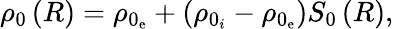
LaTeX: \rho_{0}\left(R\right)=\rho_{0_{\mathrm{e}}}+\left(\rho_{0_{i}}-\rho_{0_{\mathrm{e}}}\right)S_{0}\left(R\right),